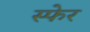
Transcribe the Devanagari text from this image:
स्फेर